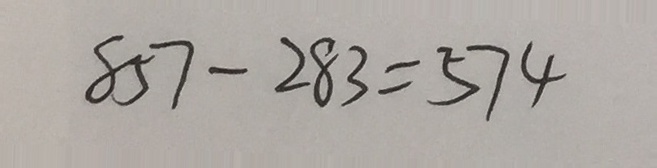
8 5 7 - 2 8 3 = 5 7 4